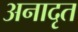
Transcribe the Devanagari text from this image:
अनादृत